Veterinary regulations India, 1925 -
Year: 1925
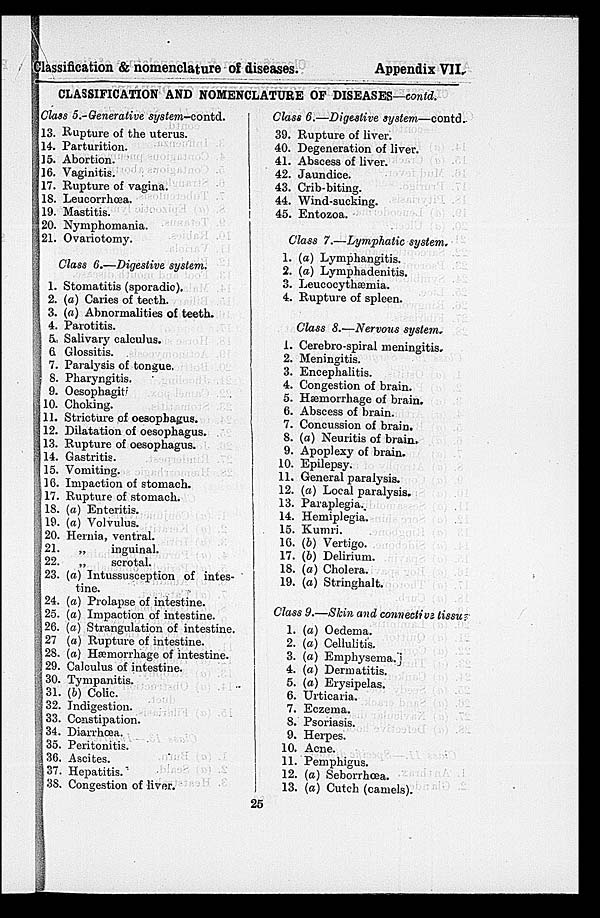
Classification & nomenclature of diseases.
Appendix VII.
CLASSIFICATION AND NOMENCLATURE OF DISEASES—contd.
Class 5.-Generative
system-contd.
13.
14.
15.
16.
17.
18.
19.
20.
21.
Rupture of the uterus.
Parturition.
Abortion.
Vaginitis.
Rupture of vagina.
Leucorrhœa.
Mastitis.
Nymphomania.
Ovariotomy.
Class 6.—Digestive system.
1.
2.
3.
4.
5.
6.
7.
8.
9.
10.
11.
12.
13.
14.
15.
16.
17.
18.
19.
20.
21.
22.
23.
24.
25.
26.
27.
28.
29.
30.
31.
32.
33.
34.
35.
36.
37.
38.
Stomatitis (sporadic).
(a) Caries of teeth.
(a) Abnormalities of teeth.
Parotitis.
Salivary calculus.
Glossitis.
Paralysis of tongue,
Pharyngitis.
Oesophagitis
Choking.
Stricture of oesophagus.
Dilatation of oesophagus.
Rupture of oesophagus.
Gastritis.
Vomiting.
Impaction of stomach.
Rupture of stomach.
(a) Enteritis.
(a) Volvulus.
Hernia, ventral.
„
inguinal.
„
scrotal.
(a) Intussusception of intes-
tine.
(a) Prolapse of intestine.
(a) Impaction of intestine.
(a) Strangulation of intestine.
(a) Rupture of intestine.
(a) Hæmorrhage of intestine.
Calculus of intestine.
Tympanitis.
(b) Colic.
Indigestion.
Constipation.
Diarrhœa.
Peritonitis.
Ascites.
Hepatitis.
Congestion of liver.
Class 6.—Digestive
system—contd.
39.
40.
41.
42.
43.
44.
45.
Rupture of liver.
Degeneration of liver.
Abscess of liver.
Jaundice.
Crib-biting.
Wind-sucking.
Entozoa.
Class 7.—Lymphatic system.
1.
2.
3.
4.
1.
2.
3.
4.
5.
6.
7.
8.
9.
10.
11.
12.
13.
14.
15.
16.
17.
18.
19.
(a) Lymphangitis.
(a) Lymphadenitis.
Leucocythæmia.
Rupture of spleen.
Class 8.—Nervous
system.
Cerebro-spiral meningitis.
Meningitis.
Encephalitis.
Congestion of brain.
Hæmorrhage of brain.
Abscess of brain.
Concussion of brain.
(a) Neuritis of brain.
Apoplexy of brain.
Epilepsy.
General paralysis.
(a) Local paralysis.
Paraplegia.
Hemiplegia.
Kumri.
(b) Vertigo.
(b) Delirium.
(a) Cholera.
(a) Stringhalt.
Class 9.—Skin and connective tissue
1.
2.
3.
4.
5.
6.
7.
8.
9.
10.
11.
12.
13.
(a) Oedema.
(a) Cellulitis.
(a) Emphysema.
(a) Dermatitis.
(a) Erysipelas.
Urticaria.
Eczema.
Psoriasis.
Herpes.
Acne.
Pemphigus.
(a) Seborrhœa.
(a) Cutch (camels).
25